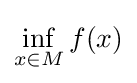
\inf _{x\in M}f(x)